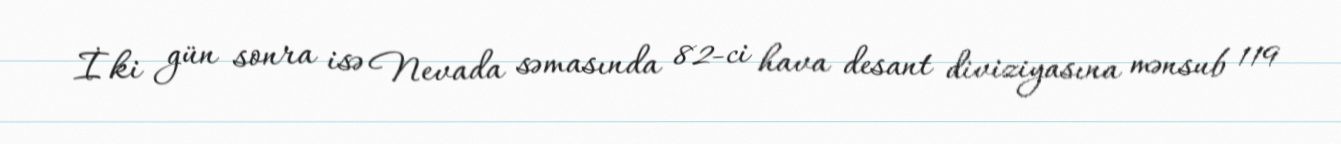
İki gün sonra isə Nevada səmasında 82-ci hava desant diviziyasına mənsub 119